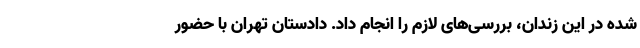
شده در این زندان، بررسی‌های لازم را انجام داد. دادستان تهران با حضور